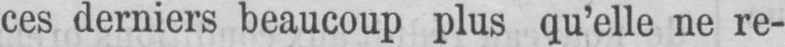
ces derniers beaucoup plus qu’elle ne re-